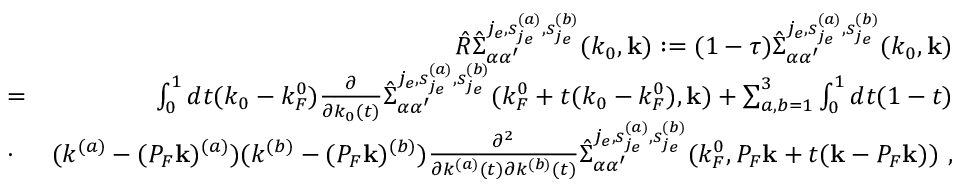
\begin{array} { r l r } & { } & { \hat { R } \hat { \Sigma } _ { \alpha \alpha ^ { \prime } } ^ { j _ { e } , { s _ { j _ { e } } ^ { ( a ) } , s _ { j _ { e } } ^ { ( b ) } } } ( k _ { 0 } , { \bf k } ) : = ( 1 - \tau ) \hat { \Sigma } _ { \alpha \alpha ^ { \prime } } ^ { j _ { e } , { s _ { j _ { e } } ^ { ( a ) } , s _ { j _ { e } } ^ { ( b ) } } } ( k _ { 0 } , { \bf k } ) } \\ & { = } & { \int _ { 0 } ^ { 1 } d t ( k _ { 0 } - k _ { F } ^ { 0 } ) \frac { \partial } { \partial k _ { 0 } ( t ) } \hat { \Sigma } _ { \alpha \alpha ^ { \prime } } ^ { j _ { e } , { s _ { j _ { e } } ^ { ( a ) } , s _ { j _ { e } } ^ { ( b ) } } } ( k _ { F } ^ { 0 } + t ( k _ { 0 } - k _ { F } ^ { 0 } ) , { \bf k } ) + \sum _ { a , b = 1 } ^ { 3 } \int _ { 0 } ^ { 1 } d t ( 1 - t ) } \\ & { \cdot } & { ( k ^ { ( a ) } - ( P _ { F } { \bf k } ) ^ { ( a ) } ) ( k ^ { ( b ) } - ( P _ { F } { \bf k } ) ^ { ( b ) } ) \frac { \partial ^ { 2 } } { \partial k ^ { ( a ) } ( t ) \partial k ^ { ( b ) } ( t ) } \hat { \Sigma } _ { \alpha \alpha ^ { \prime } } ^ { j _ { e } , { s _ { j _ { e } } ^ { ( a ) } , s _ { j _ { e } } ^ { ( b ) } } } ( k _ { F } ^ { 0 } , P _ { F } { \bf k } + t ( { \bf k } - P _ { F } { \bf k } ) ) \ , } \end{array}